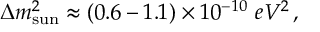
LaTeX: \Delta m _ { \mathrm { { s u n } } } ^ { 2 } \approx ( 0 . 6 - 1 . 1 ) \times 1 0 ^ { - 1 0 } \, \, { e V ^ { 2 } } \, ,